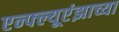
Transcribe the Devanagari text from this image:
एन्फ्ल्यूएंझाच्या